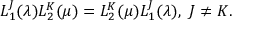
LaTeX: L _ { 1 } ^ { J } ( \lambda ) L _ { 2 } ^ { K } ( \mu ) = L _ { 2 } ^ { K } ( \mu ) L _ { 1 } ^ { J } ( \lambda ) , \ J \neq K .